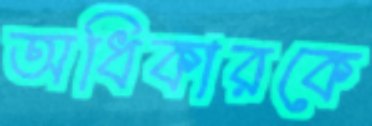
অধিকারকে